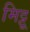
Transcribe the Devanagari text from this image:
मिट्टू